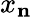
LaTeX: x_{\mathbf{n}}